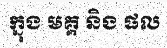
ក្នុង មគ្គ និង ផល